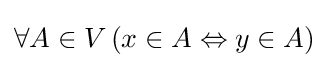
\forall A\in V\,(x\in A\Leftrightarrow y\in A)